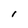
Character: I